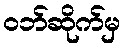
ဝဘ်ဆိုက်မှ